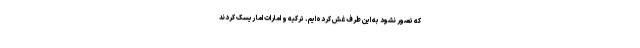
که تصور نشود به این طرف غش کرده‌ایم. ترکیه و امارات اما ریسک کردند